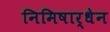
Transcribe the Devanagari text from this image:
निमिषार्धेन